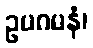
ဥပဂမနံ၊